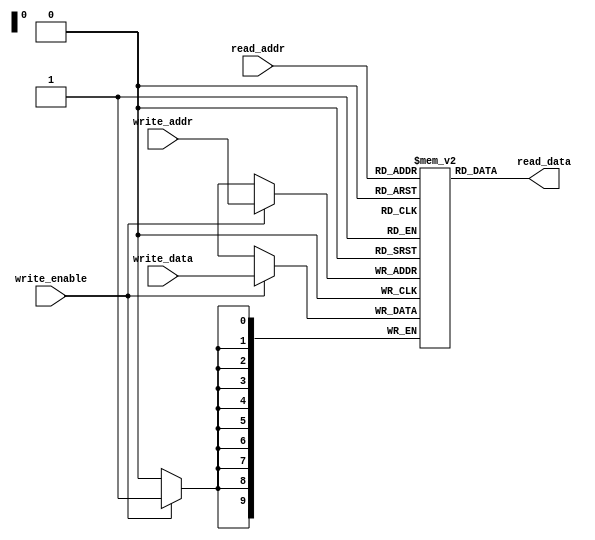
module dual_port_ram(
  input wire [9:0] read_addr,
  output reg [9:0] read_data,
  input wire [9:0] write_addr,
  input wire [9:0] write_data,
  input wire write_enable
);

reg [9:0] ram [0:1023];

assign read_data = ram[read_addr];

always @ (posedge clk) begin
  if (write_enable) begin
    ram[write_addr] <= write_data;
  end
end

endmodule